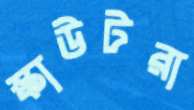
স্কাউটরা